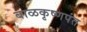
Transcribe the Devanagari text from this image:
बाळकृष्णपंत